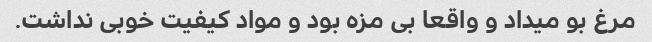
مرغ بو میداد و واقعا بی مزه بود و مواد کیفیت خوبی نداشت.